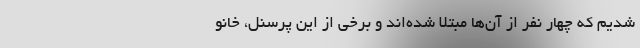
شدیم که چهار نفر از آن‌ها مبتلا شده‌اند و برخی از این پرسنل، خانو